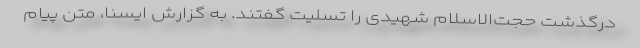
درگذشت حجت‌الاسلام شهیدی را تسلیت گفتند. به گزارش ایسنا، متن پیام